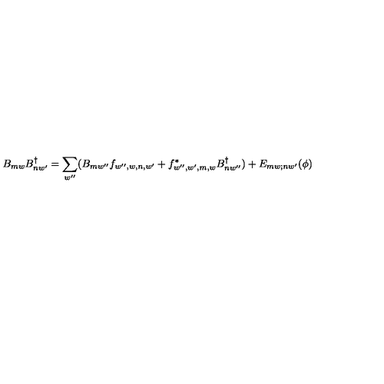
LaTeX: B _ { m w } B _ { n w ^ { \prime } } ^ { \dagger } = \sum _ { w ^ { \prime \prime } } ( B _ { m w ^ { \prime \prime } } f _ { w ^ { \prime \prime } , w , n , w ^ { \prime } } + f _ { w ^ { \prime \prime } , w ^ { \prime } , m , w } ^ { * } B _ { n w ^ { \prime \prime } } ^ { \dagger } ) + E _ { m w ; n w ^ { \prime } } ( \phi )